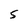
Character: S